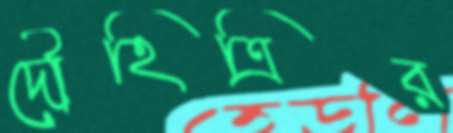
দৌহিত্রির